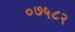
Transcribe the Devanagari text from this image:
०७५८२